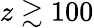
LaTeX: z\gtrsim 100